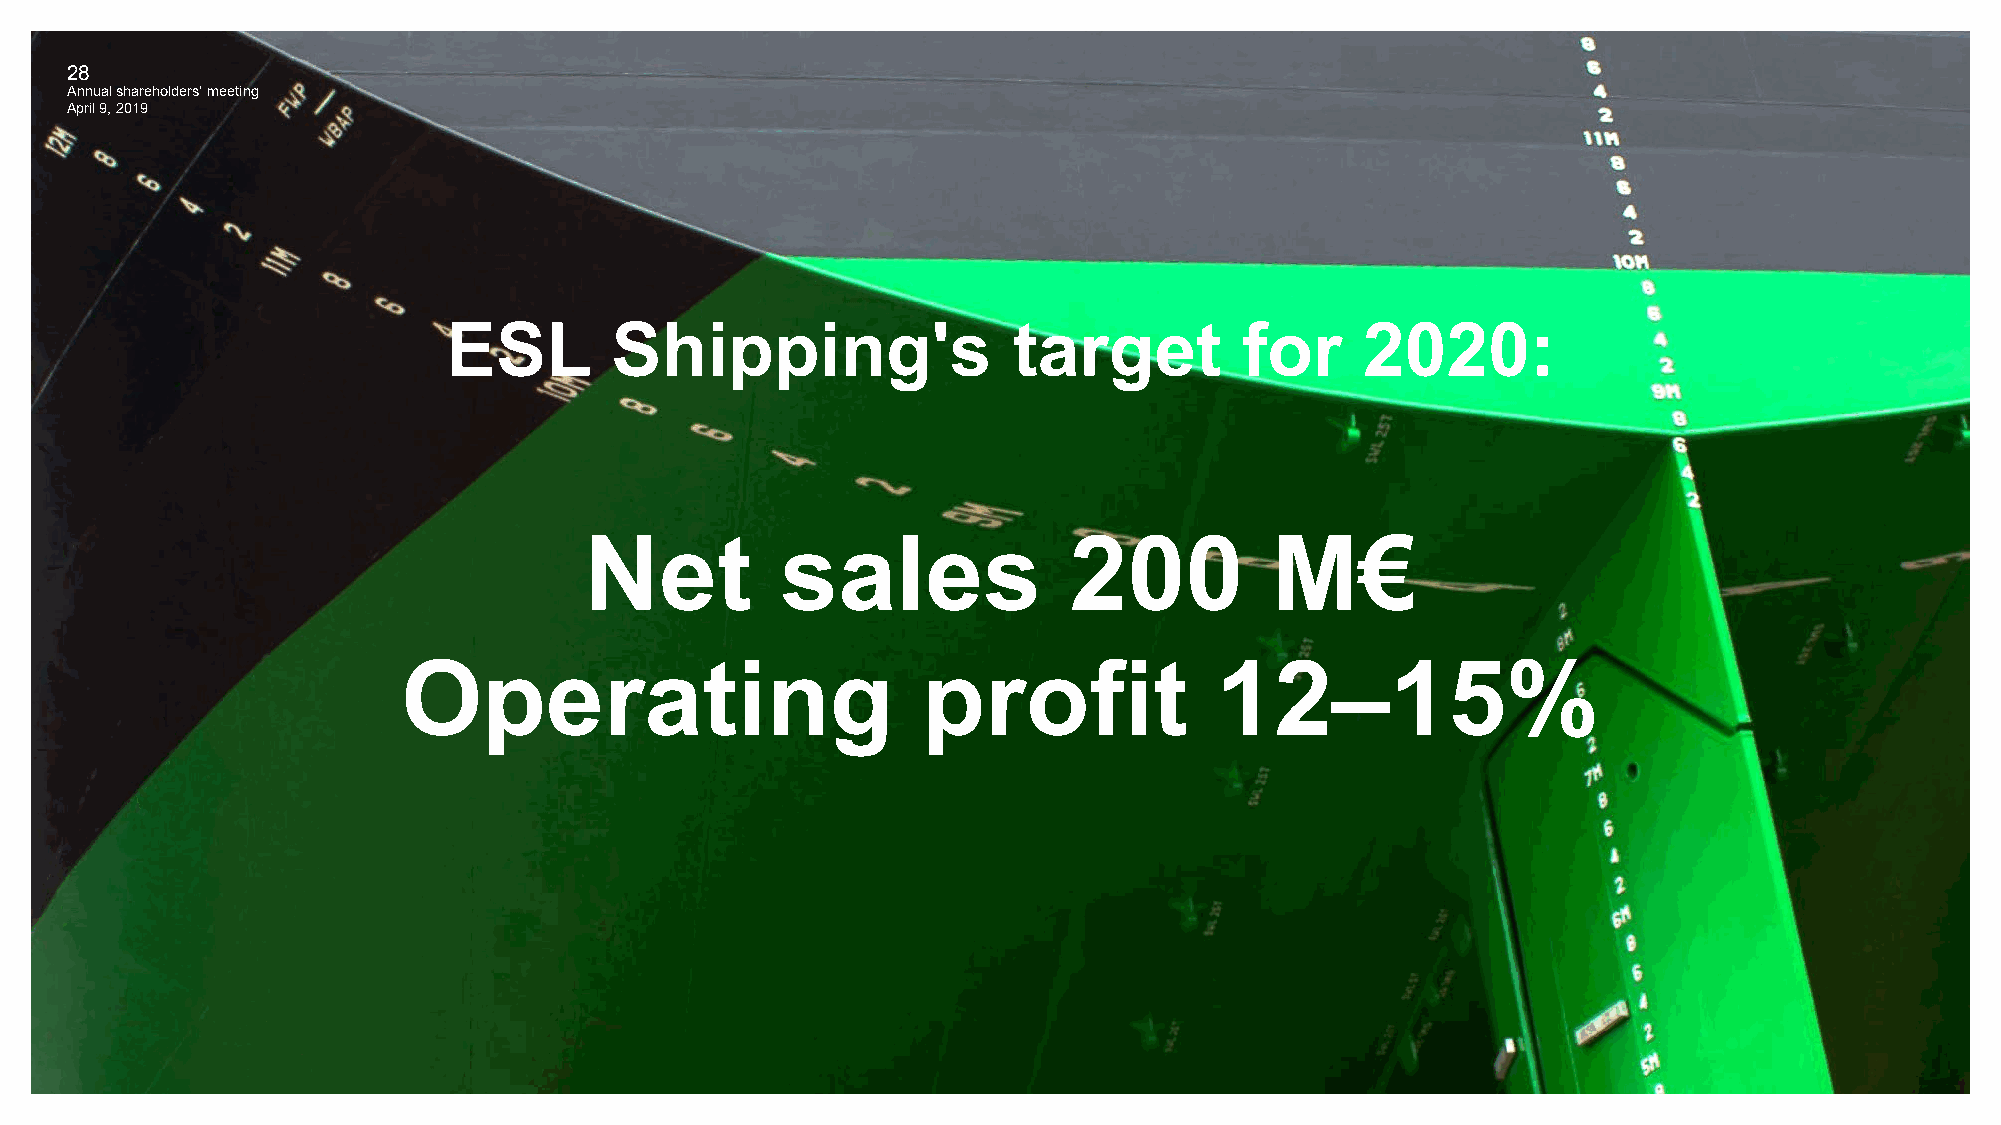
28
 Annual shareholders' meeting
 April 9, 2019
 ESL       Shipping's                 target         for     2020:
 Net          sales              200          M€
 Operating                         profit             12–15%